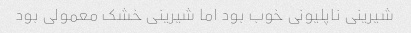
شیرینی ناپلیونی خوب بود اما شیرینی خشک معمولی بود